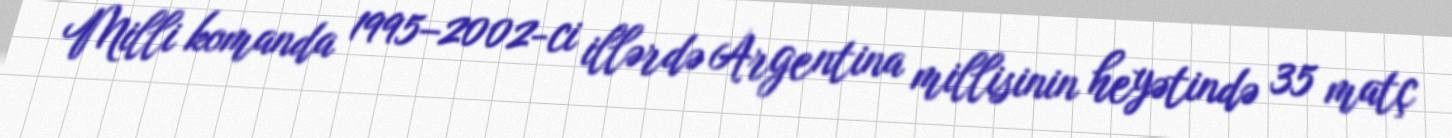
Milli komanda 1995–2002-ci illərdə Argentina millisinin heyətində 35 matç